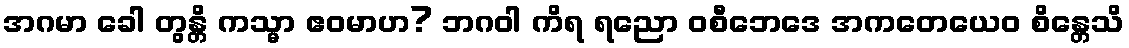
အဂမာ ခေါ တွန္တိ ကသ္မာ ဧဝမာဟ? ဘဂဝါ ကိရ ရညော ဝစီဘေဒေ အကတေယေဝ စိန္တေသိ